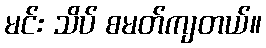
မင်း သိပ် စမတ်ကျတယ်။